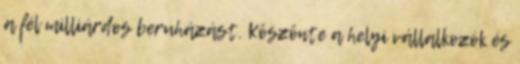
a fél milliárdos beruházást. Köszönte a helyi vállalkozók és